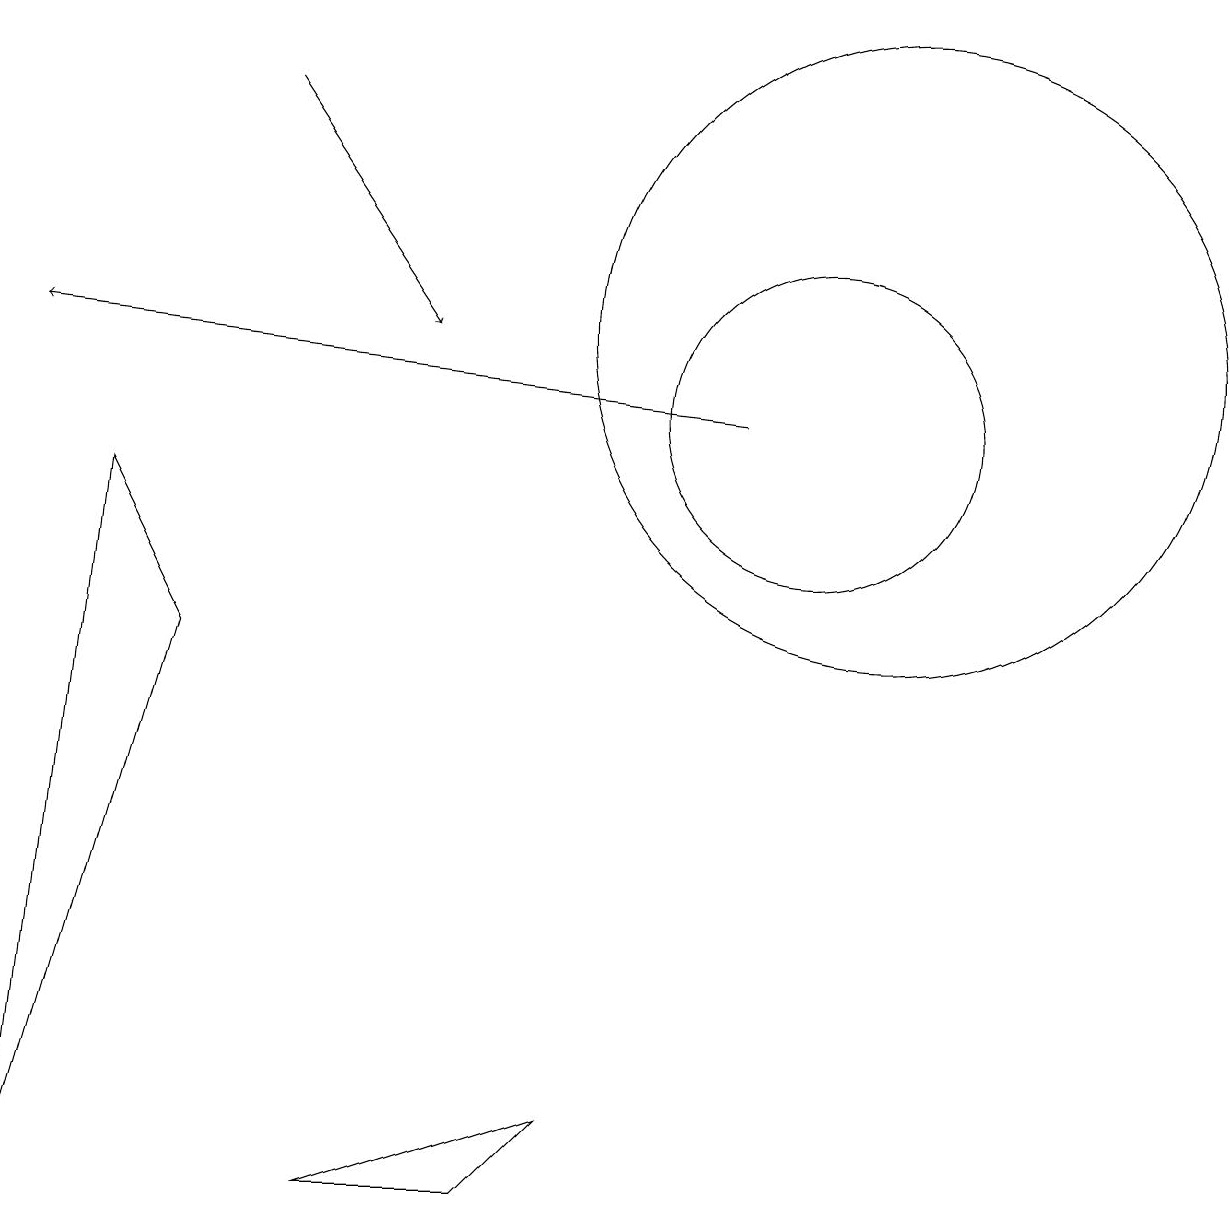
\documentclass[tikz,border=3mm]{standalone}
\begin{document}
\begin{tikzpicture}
\draw (11,11) circle (4);
\draw (2,7) -- (1,9) -- (0,0) -- cycle;
\draw (11,12) circle (0);
\draw (4,0) -- (6,0) -- (7,1) -- cycle;
\draw (10,10) circle (2);
\draw[->] (9,10) -- (0,11);
\draw[->] (3,14) -- (5,11);
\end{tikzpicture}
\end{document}